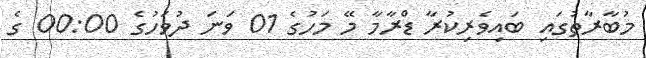
މުބާރާތުގައި ބައިވެރިކުރާ ޑްރާމާ މޭ މަހުގެ 01 ވަނަ ދުވަހުގެ 00:00 ގެ